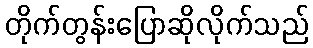
တိုက်တွန်းပြောဆိုလိုက်သည်